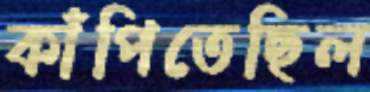
কাঁপিতেছিল